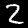
Digit: 2